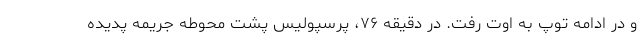
و در ادامه توپ به اوت رفت. در دقیقه ۷۶، پرسپولیس پشت محوطه جریمه پدیده